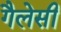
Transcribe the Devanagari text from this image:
गैलेसी